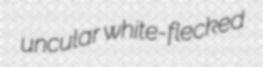
uncular white-flecked